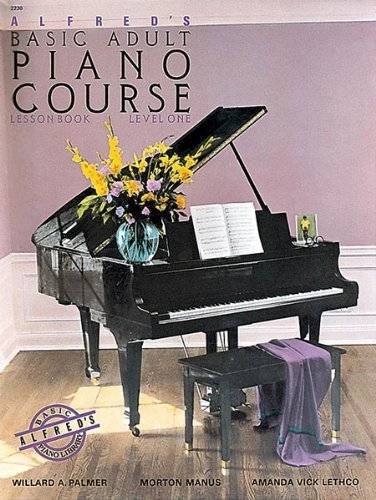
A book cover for Alfred's Basic Adult Piano Course: Lesson Book, Level One; Willard A. Palmer; Humor & Entertainment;